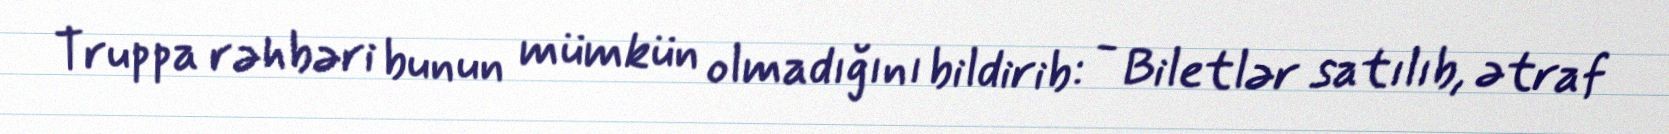
Truppa rəhbəri bunun mümkün olmadığını bildirib: - Biletlər satılıb, ətraf